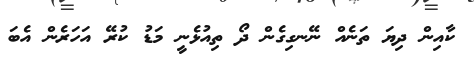
ކާއިން ދިޔަ ތަނެއް ނޭނގިގެން ދޯ ތިއުޅެނީ މަޑު ކުރޭ އަހަރެން އެބަ